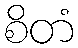
စိတံ